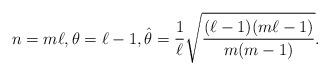
LaTeX: \begin{align*} n=m\ell, \theta=\ell-1, \hat\theta=\frac{1}{\ell}\sqrt{\frac{(\ell-1)(m\ell-1)}{m(m-1)}}.\end{align*}